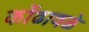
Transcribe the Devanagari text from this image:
कोंढावळे